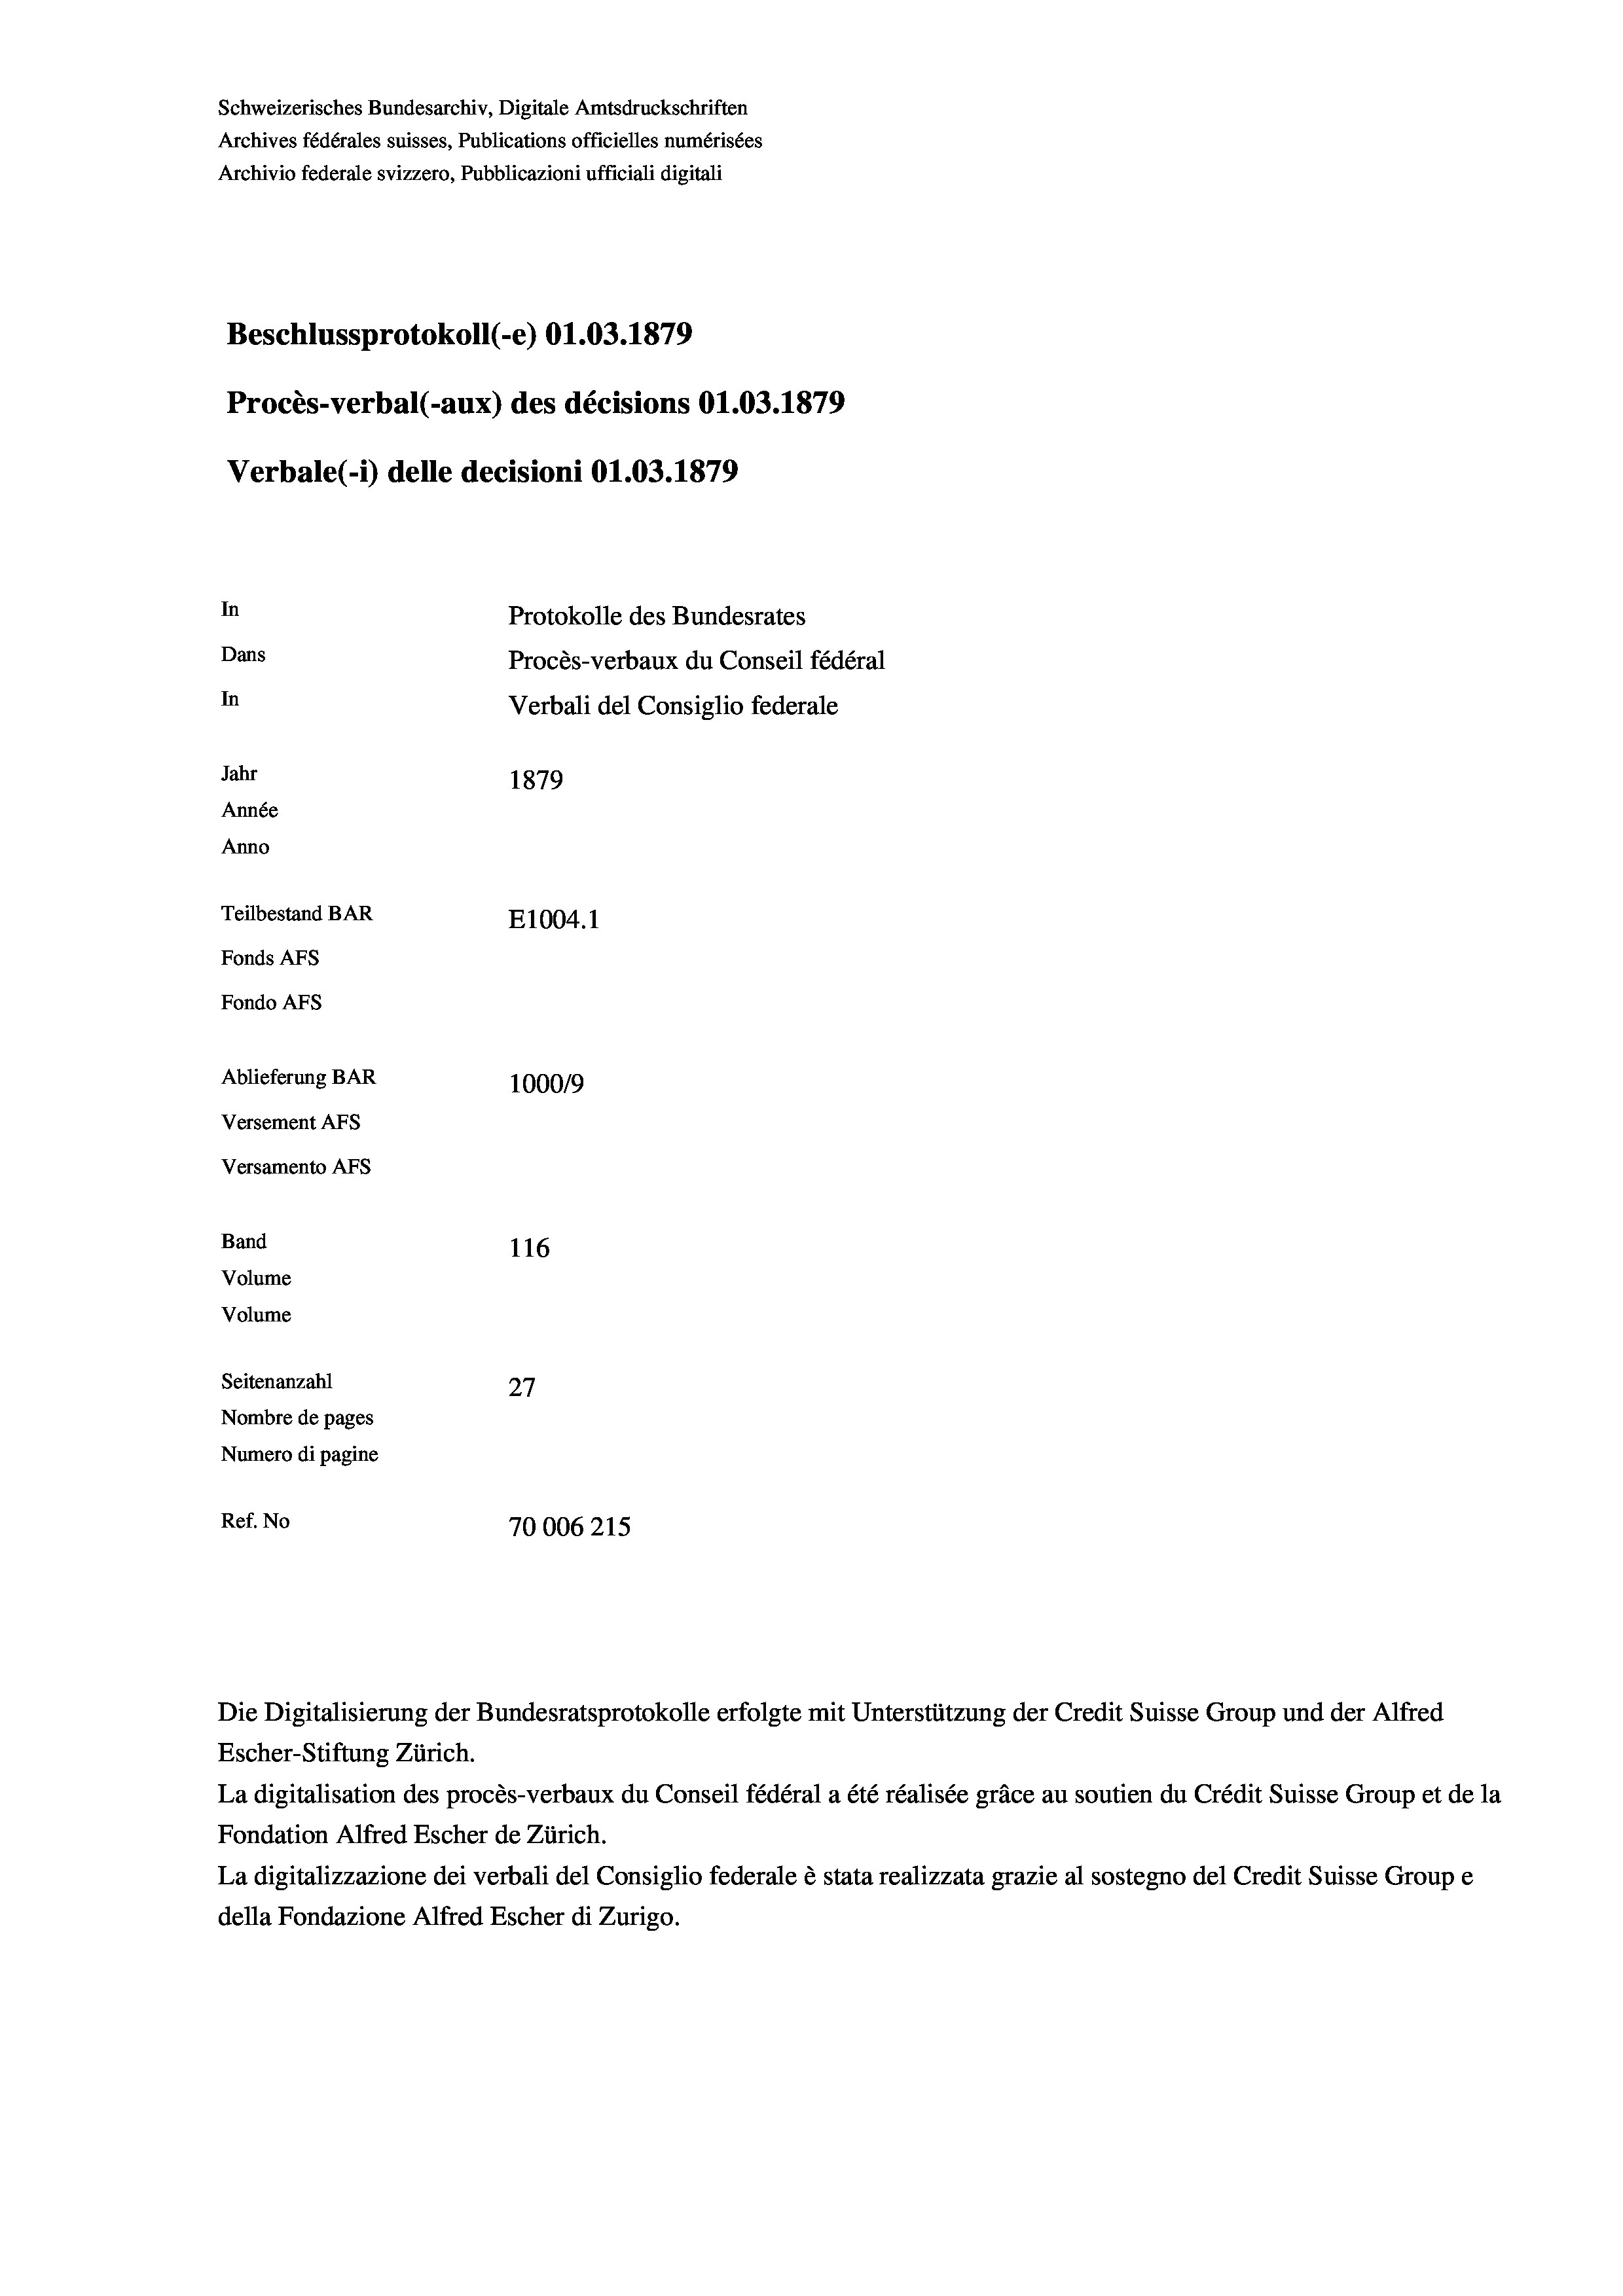
Schweizerisches Bundesarchiv, Digitale Amtsdruckschriften
Archives fédérales suisses, Publications officielles numérisées
Archivio federale svizzero, Pubblicazioni ufficiali digitali
Beschlussprotokoll (-e) 01.03. 1879
Procès-verbal (-aux) des décisions O1.03. 1879
Verbale (1) delle decisioni O1.03. 1879
In
Protokolle des Bundesrates
Dans
Procès-verbaux du Conseil fédéral
In
Verbali del Consiglio federale
Jahr
1879
Année
Anno
Teilbestand BAR
E1004. 1
Fonds AFs
Fondo AFs
Ablieferung BAR
1000/9
Versement Abs
Versamento AFs
Band
116

Seitenanzahl
27
Nombre de pages
Numero di pagine
Ref. No
70006215.

Volume
Volume

Die Digitalisierung der Bundesratsprotokolle erfolgte mit Unterstützung der Credit Suisse Group und der Alfred
Escher-Stiftung Zürich.
La digitalisation des procès-verbaux du Conseil fédéral a été réalisée gräce au soutien du Crédit Suisse Group et de la
Fondation Alfred Escher de Zürich.
La digitalizzazione dei verbali del Consiglio federale è stata realizzata grazie al sostegno del Credit Suisse Groupe
della Fondazione Alfred Escher di Zurigo.